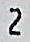
2